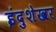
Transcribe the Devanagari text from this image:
इंदुशेखर